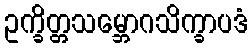
ဥက္ခိတ္တသမ္ဘောဂသိက္ခာပဒံ